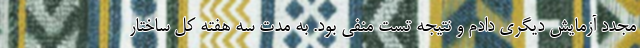
مجدد آزمایش دیگری دادم و نتیجه تست منفی بود. به مدت سه هفته کل ساختار